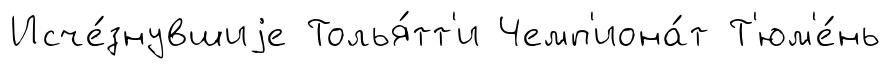
Исче́знувшиjе Толья́тт'и Чемп'иона́т Т'юм'е́нь